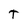
Character: T